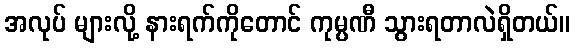
အလုပ် များလို့ နားရက်ကိုတောင် ကုမ္ပဏီ သွားရတာလဲရှိတယ်။